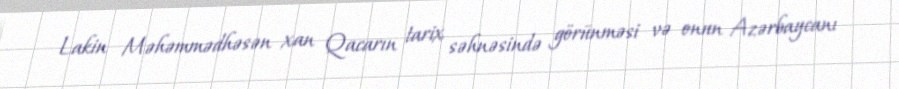
Lakin Məhəmmədhəsən xan Qacarın tarix səhnəsində görünməsi və onun Azərbaycanı